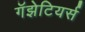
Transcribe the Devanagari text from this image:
गॅझेटियर्स